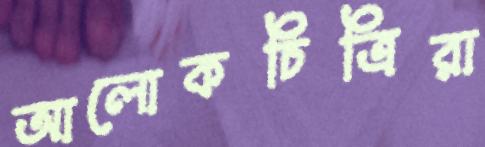
আলোকচিত্রিরা